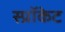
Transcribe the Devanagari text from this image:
स्प्रॉकेट